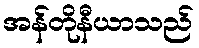
အန်တိုနီယာသည်